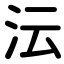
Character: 沄